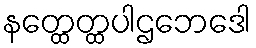
နတ္ထေတ္ထပါဌဘေဒေါ